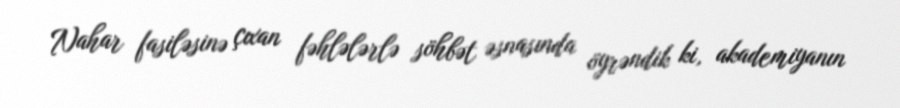
Nahar fasiləsinə çıxan fəhlələrlə söhbət əsnasında öyrəndik ki, akademiyanın